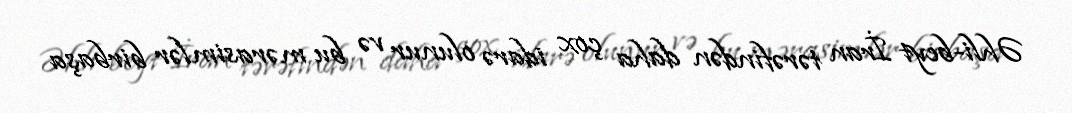
Əhli-beyt İran tərəfindən daha çox idarə olunur və bu mərasimlər birbaşa